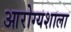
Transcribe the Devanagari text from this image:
आरोग्यशाला